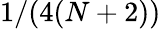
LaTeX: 1/(4(N+2))